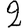
Digit: 2